Report on the working of the Ranchi Indian Mental Hospital, Kanke, in Bihar and Orissa - 1930-1940
Year: 1930
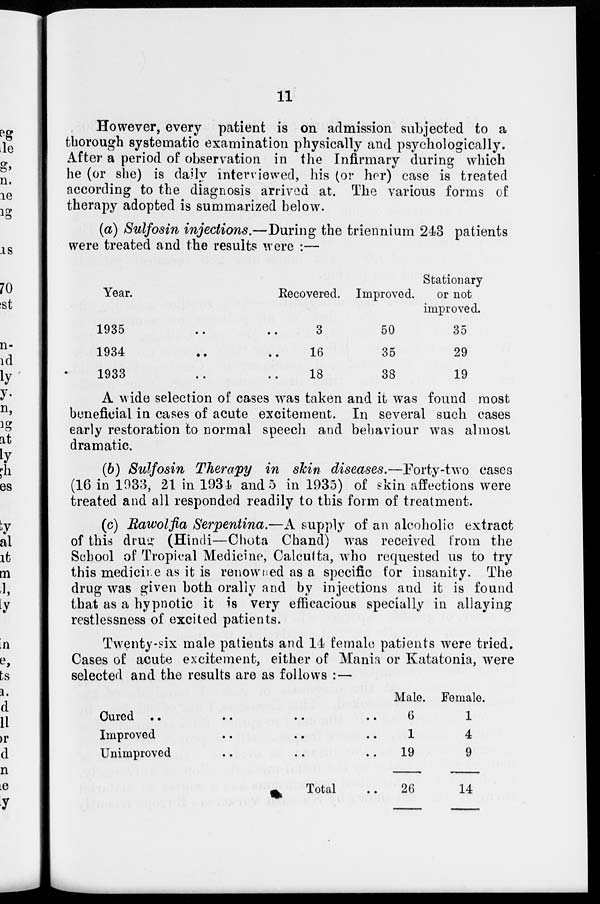
11
However, every patient is on admission subjected to a
thorough systematic examination physically and psychologically.
After a period of observation in the Infirmary during which
he (or she) is daily interviewed, his (or her) case is treated
according to the diagnosis arrived at. The various forms of
therapy adopted is summarized below.
(a) Sulfosin injections.—During the triennium 243 patients
were treated and the results were :—
Year.
1935
..
..
1934 .. ..
1933 .. ..
Recovered.
3
16
18
Improved.
50
35
38
Stationary
or not
improved.
35
29
19
A wide selection of cases was taken and it was found most
beneficial in cases of acute excitement. In several such cases
early restoration to normal speech and behaviour was almost
dramatic.
(b) Sulfosin Therapy in skin diseases.—Forty-two cases
(16 in 1933, 21 in 1934 and 5 in 1935) of skin affections were
treated and all responded readily to this form of treatment.
(c) Rawolfia Serpentina.—A supply of an alcoholic extract
of this drug (Hindi—Chota Chand) was received from the
School of Tropical Medicine, Calcutta, who requested us to try
this medicine as it is renowned as a specific for insanity. The
drug was given both orally and by injections and it is found
that as a hypnotic it is very efficacious specially in allaying
restlessness of excited patients.
Twenty-six male patients and 14 female patients were tried.
Cases of acute excitement, either of Mania or Katatonia, were
selected and the results are as follows : —
Cured .. .. .. ..
Improved .. .. ..
Unimproved .. .. ..
Total ..
Male.
6
1
19
26
Female.
1
4
9
14